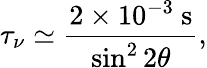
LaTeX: \tau_{\nu}\simeq\frac{2\times 10^{-3}\mathrm{~s}}{\sin^{2}2\theta},